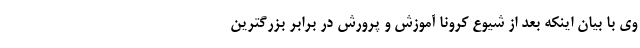
وی با بیان اینکه بعد از شیوع کرونا آموزش و پرورش در برابر بزرگترین